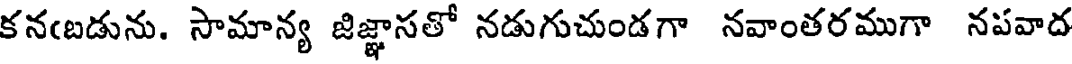
కన(బడును. సామాన్య జిజ్ఞాసతో నడుగుచుండగా నవాంతరముగా నపవాద